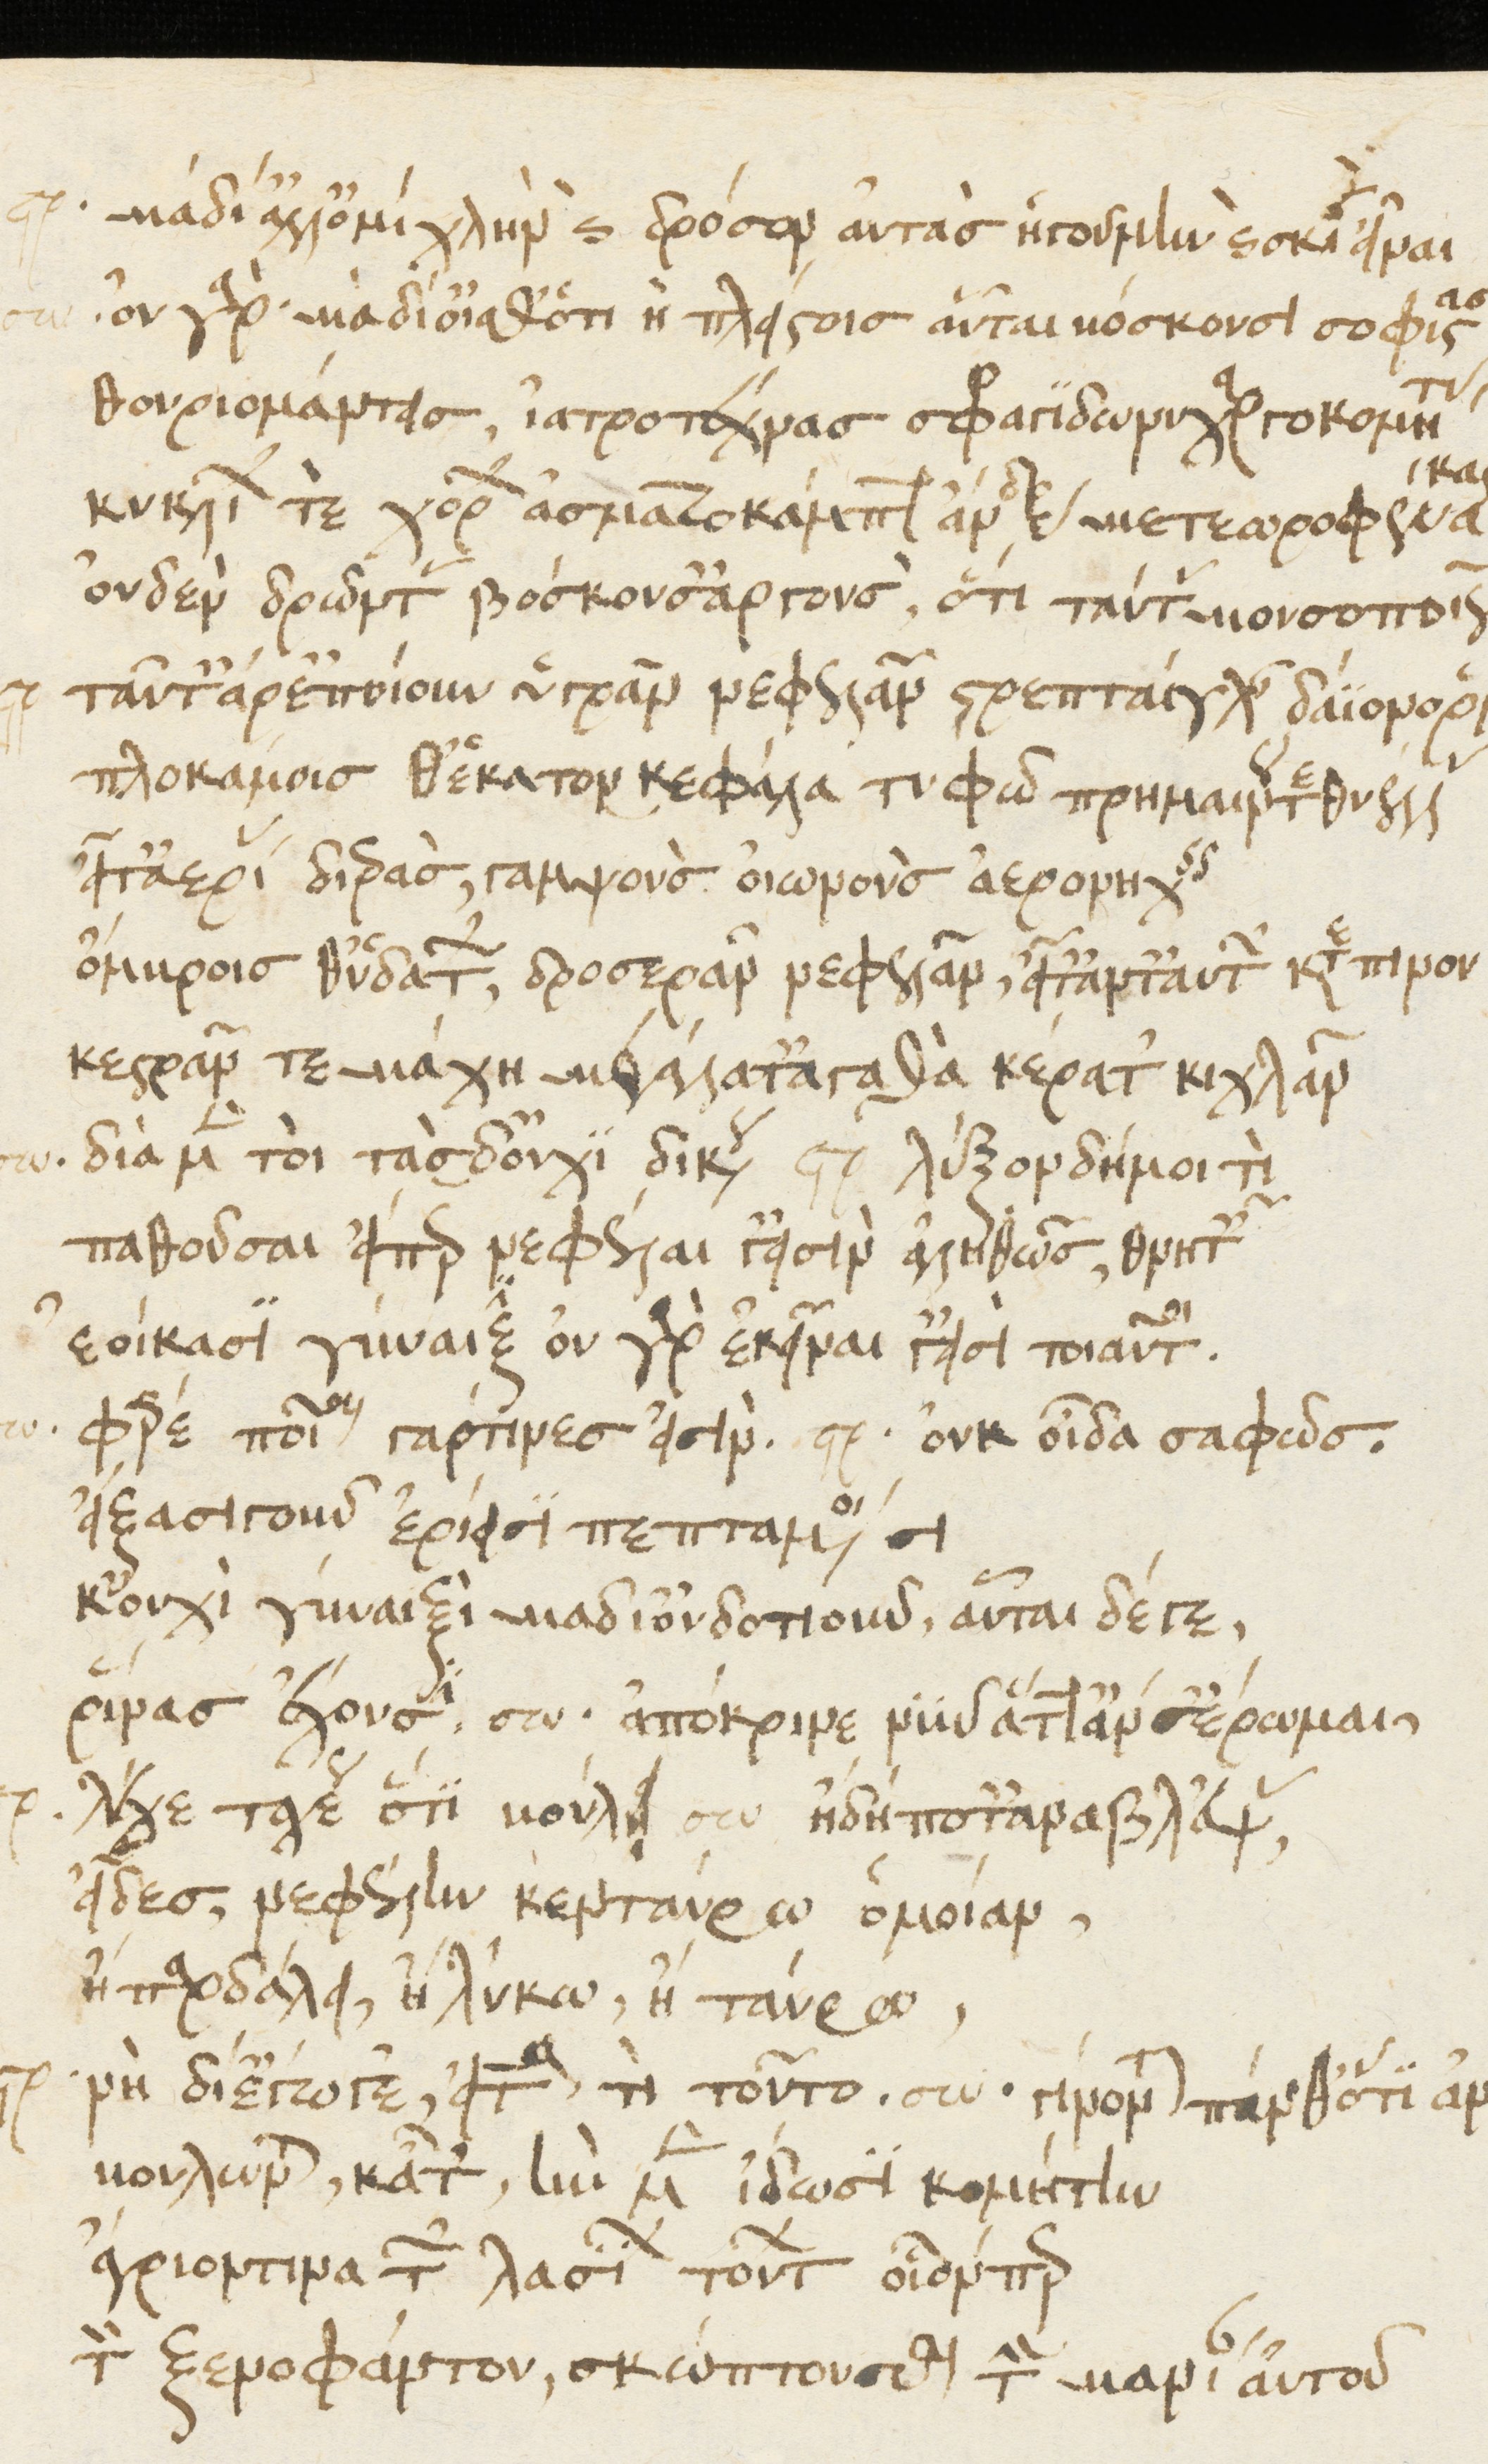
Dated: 1476–1506